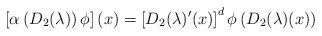
LaTeX: \begin{align*}\left[ \alpha\left( D_{2}(\lambda)\right) \phi\right] (x)=\left[D_{2}(\lambda)^{\prime}(x)\right] ^{d}\phi\left( D_{2}(\lambda)(x)\right)\end{align*}